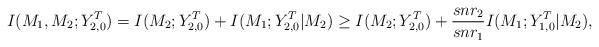
LaTeX: \begin{align*} I(M_1, M_2; Y_{2, 0}^T)=I(M_2; Y_{2, 0}^T)+I(M_1; Y_{2, 0}^T|M_2) \geq I(M_2; Y_{2, 0}^T) + \frac{snr_2}{snr_1} I(M_1; Y_{1, 0}^T|M_2),\end{align*}